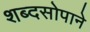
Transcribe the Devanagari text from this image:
शब्दसोपाने